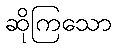
ဆိုကြသော